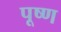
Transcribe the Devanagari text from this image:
पूष्ण